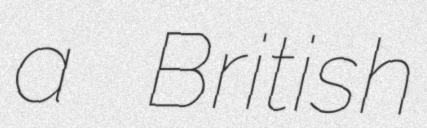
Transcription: a British